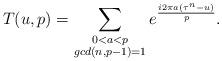
LaTeX: \begin{align*}T(u,p)=\sum_{\substack{0< a< p\\gcd(n,p-1)=1}}e^{\frac{i2\pi a(\tau^{n}-u)}{p}}.\end{align*}